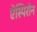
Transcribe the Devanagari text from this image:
ऐस्पिरीन